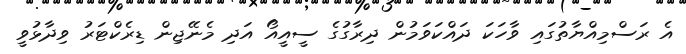
އެ ރަސްމިއްޔާތުގައި ވާހަކަ ދައްކަވަމުން ދިރާގުގެ ސީއީއޯ އަދި މެނޭޖިން ޑިރެކްޓަރު ވިދާޅުވީ